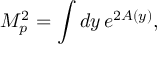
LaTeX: M _ { p } ^ { 2 } = \int d y \, e ^ { 2 A \left( y \right) } ,